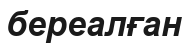
береалған